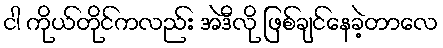
ငါ ကိုယ်တိုင်ကလည်း အဲဒီလို ဖြစ်ချင်နေခဲ့တာလေ